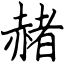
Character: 赭